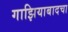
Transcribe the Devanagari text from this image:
गाझियाबादचा